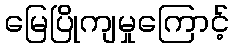
မြေပြိုကျမှုကြောင့်